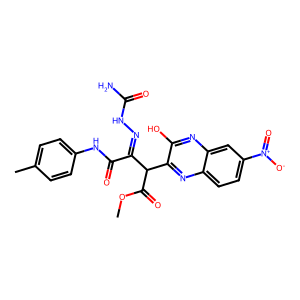
SMILES: COC(=O)C(C(=NNC(N)=O)C(=O)Nc1ccc(C)cc1)c1nc2ccc([N+](=O)[O-])cc2nc1O
Inhibits HIV replication: No